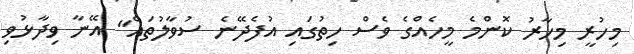
މިހުރީ މިހާރު ކޮންމެ މީހެއްގެ ވެސް ހިތުގައި އުފެދޭނެ ސުވާލުތައް" އޭނާ ވިދާޅުވި